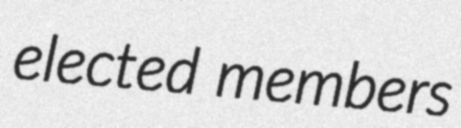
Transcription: elected members